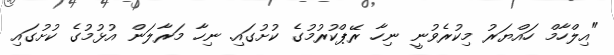
"އިލްހާމް ހައްޔަރު މިކުރެވުނީ ނިހާ ރޭޕްކުރުމުގެ ކުށުގައި. ނިހާ މަރާލަން އުޅުމުގެ ކުށުގައި